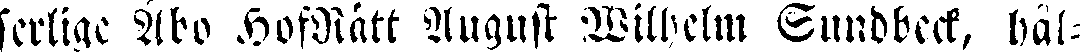
serlige Åbo HofRätt August Wilhelm Sundbeck, hål-